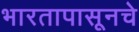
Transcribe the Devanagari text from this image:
भारतापासूनचे